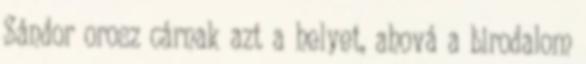
Sándor orosz cárnak azt a helyet, ahová a birodalom